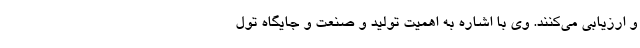
و ارزیابی می‌کنند. وی با اشاره به اهمیت تولید و صنعت و جایگاه تول